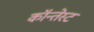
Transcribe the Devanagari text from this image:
कॉन्तेस्ट